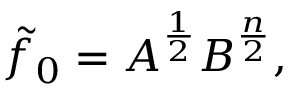
\tilde { f } _ { 0 } = A ^ { \frac { 1 } { 2 } } B ^ { \frac { n } { 2 } } ,